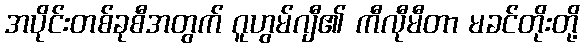
အပိုင်းတစ်ခုစီအတွက် ဂူဟွမ်ဂျီ၏ ကီလီုမီတာ မခင်တိုးတို့